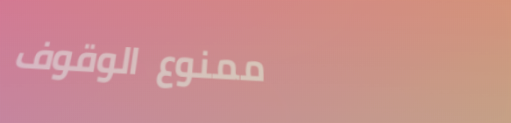
ممنوع الوقوف